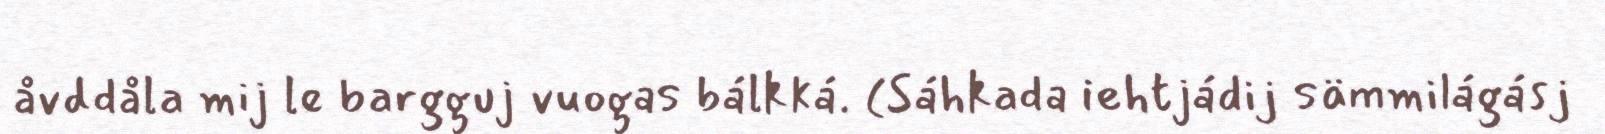
åvddåla mij le bargguj vuogas bálkká. (Sáhkada iehtjádij sämmilágásj